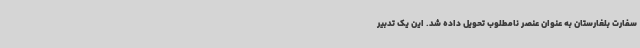
سفارت بلغارستان به عنوان عنصر نامطلوب تحویل داده شد. این یک تدبیر